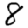
Digit: 8